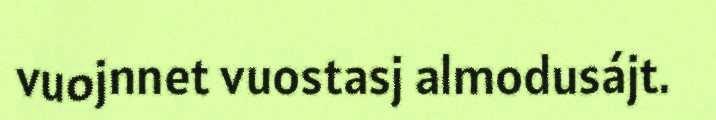
vuojnnet vuostasj almodusájt.